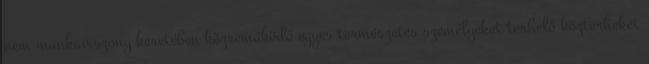
nem munkaviszony keretében közreműködő egyes természetes személyeket terhelő közterheket